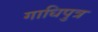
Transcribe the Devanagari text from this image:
गाधिपुत्र